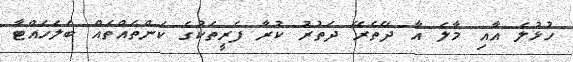
ހުޅުލެ އާއި މާލެ އާ ދޭތެރޭ ދަތުރު ކުރާ ފެރީތަކުގެ ކަންތައްތައް ބަލަހައްޓާ